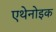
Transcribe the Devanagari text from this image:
एथेनोइक